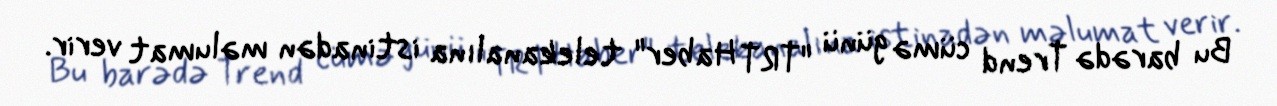
Bu barədə Trend cümə günü "TRT Haber" telekanalına istinadən məlumat verir.